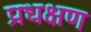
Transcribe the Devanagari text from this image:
प्रधक्षण